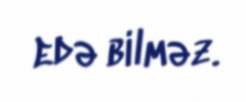
edə bilməz.